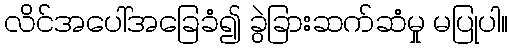
လိင်အပေါ်အခြေခံ၍ ခွဲခြားဆက်ဆံမှု မပြုပါ။